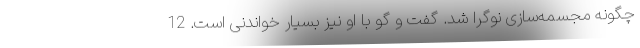
چگونه مجسمه‌سازی نوگرا شد. گفت و گو با او نیز بسیار خواندنی است. 12